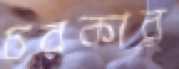
চরকার